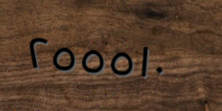
٢٥٥٥١٠